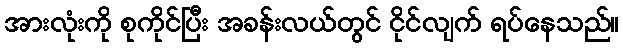
အားလုံးကို စုကိုင်ပြီး အခန်းလယ်တွင် ငိုင်လျက် ရပ်နေသည်။